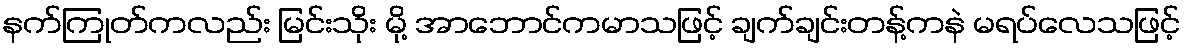
နက်ကြုတ်ကလည်း မြင်းသိုး မို့ အာဘောင်ကမာသဖြင့် ချက်ချင်းတန့်ကနဲ မရပ်လေသဖြင့်